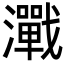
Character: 𬉢